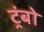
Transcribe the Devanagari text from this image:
ट्रंबो